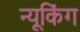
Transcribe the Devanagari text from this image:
न्यूकिंग